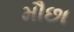
મૌછા